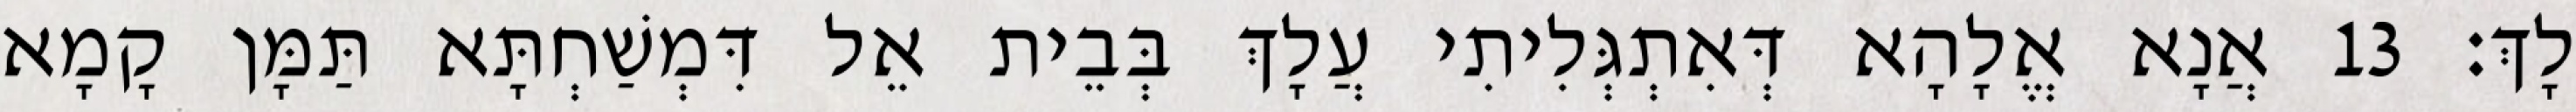
לָךְ׃ 13 אֲנָא אֱלָהָא דְּאִתְגְּלִיתִי עֲלָךְ בְּבֵית אֵל דִּמְשַׁחְתָּא תַּמָּן קָמָא